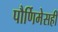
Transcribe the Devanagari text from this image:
पौर्णिमेसही